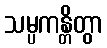
သမ္ပကန္တိတွာ